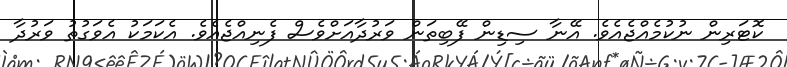
ކޮޓަރިން ނުކުމެއްޖެއެވެ. އޭނާ ސިޑިން ފޭބިތަން ވަރުދާއަށްވެސް ފެނިއްޖެއެވެ. އެކަމަކު އެވަގުތު ވަރުދާ